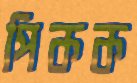
পিকক